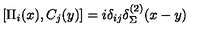
\left[ \Pi _ { i } ( x ) , C _ { j } ( y ) \right] = i \delta _ { i j } \delta _ { \Sigma } ^ { ( 2 ) } ( x - y )